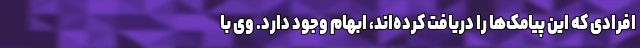
افرادی که این پیامک‌ها را دریافت کرده‌اند، ابهام وجود دارد. وی با